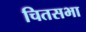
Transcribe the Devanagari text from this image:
चितसभा